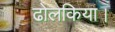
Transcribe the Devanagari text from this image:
ढोलकिया।